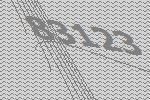
83123